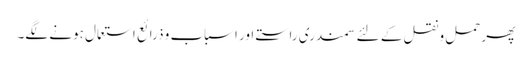
پھر حمل و نقل کے لئے سمندری راستے اور اسباب و ذرائع استعمال ہونے لگے۔